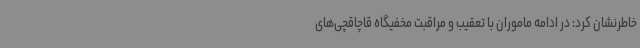
خاطرنشان کرد: در ادامه ماموران با تعقیب و مراقبت مخفیگاه قاچاقچی‌های